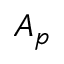
A _ { p }